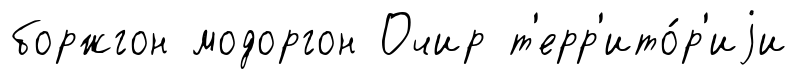
боржгон модоргон Очир т'ерр'ито́р'иjи